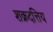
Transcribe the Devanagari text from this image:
शक्रदत्तिय